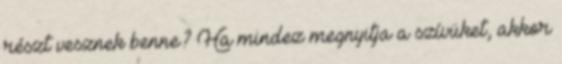
részt vesznek benne? Ha mindez megnyitja a szívüket, akkor